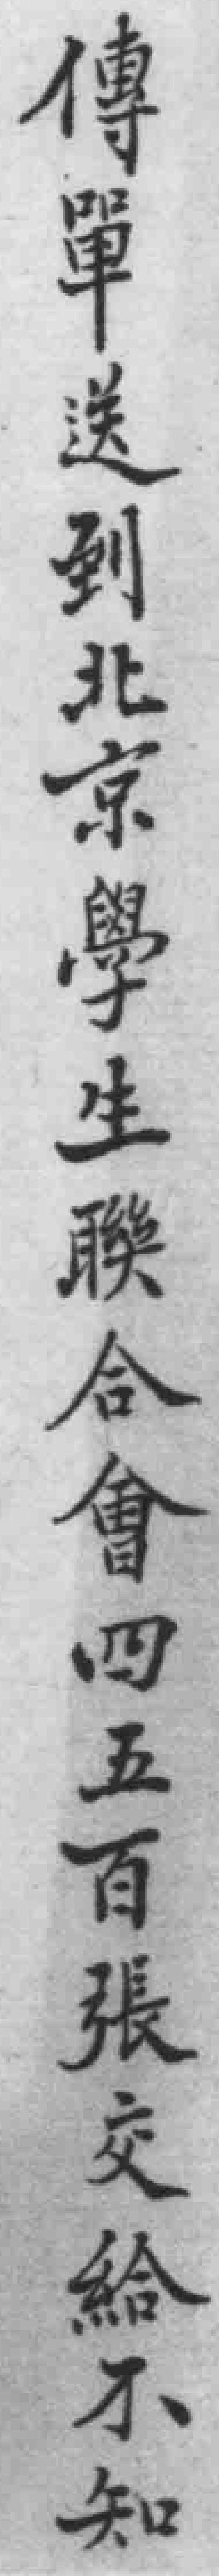
傳單送到北京學生聯合會四五百張交給不知